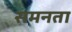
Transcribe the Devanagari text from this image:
समनता